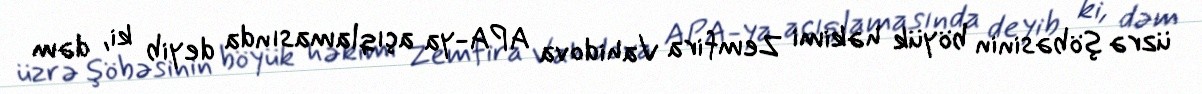
üzrə şöbəsinin böyük həkimi Zemfira Vahidova APA-ya açıqlamasında deyib ki, dəm